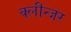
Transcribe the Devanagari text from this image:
क्लीन्जर